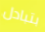
بتبادل